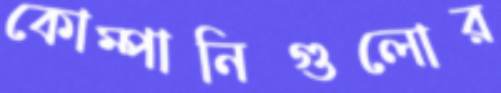
কোম্পানিগুলোর